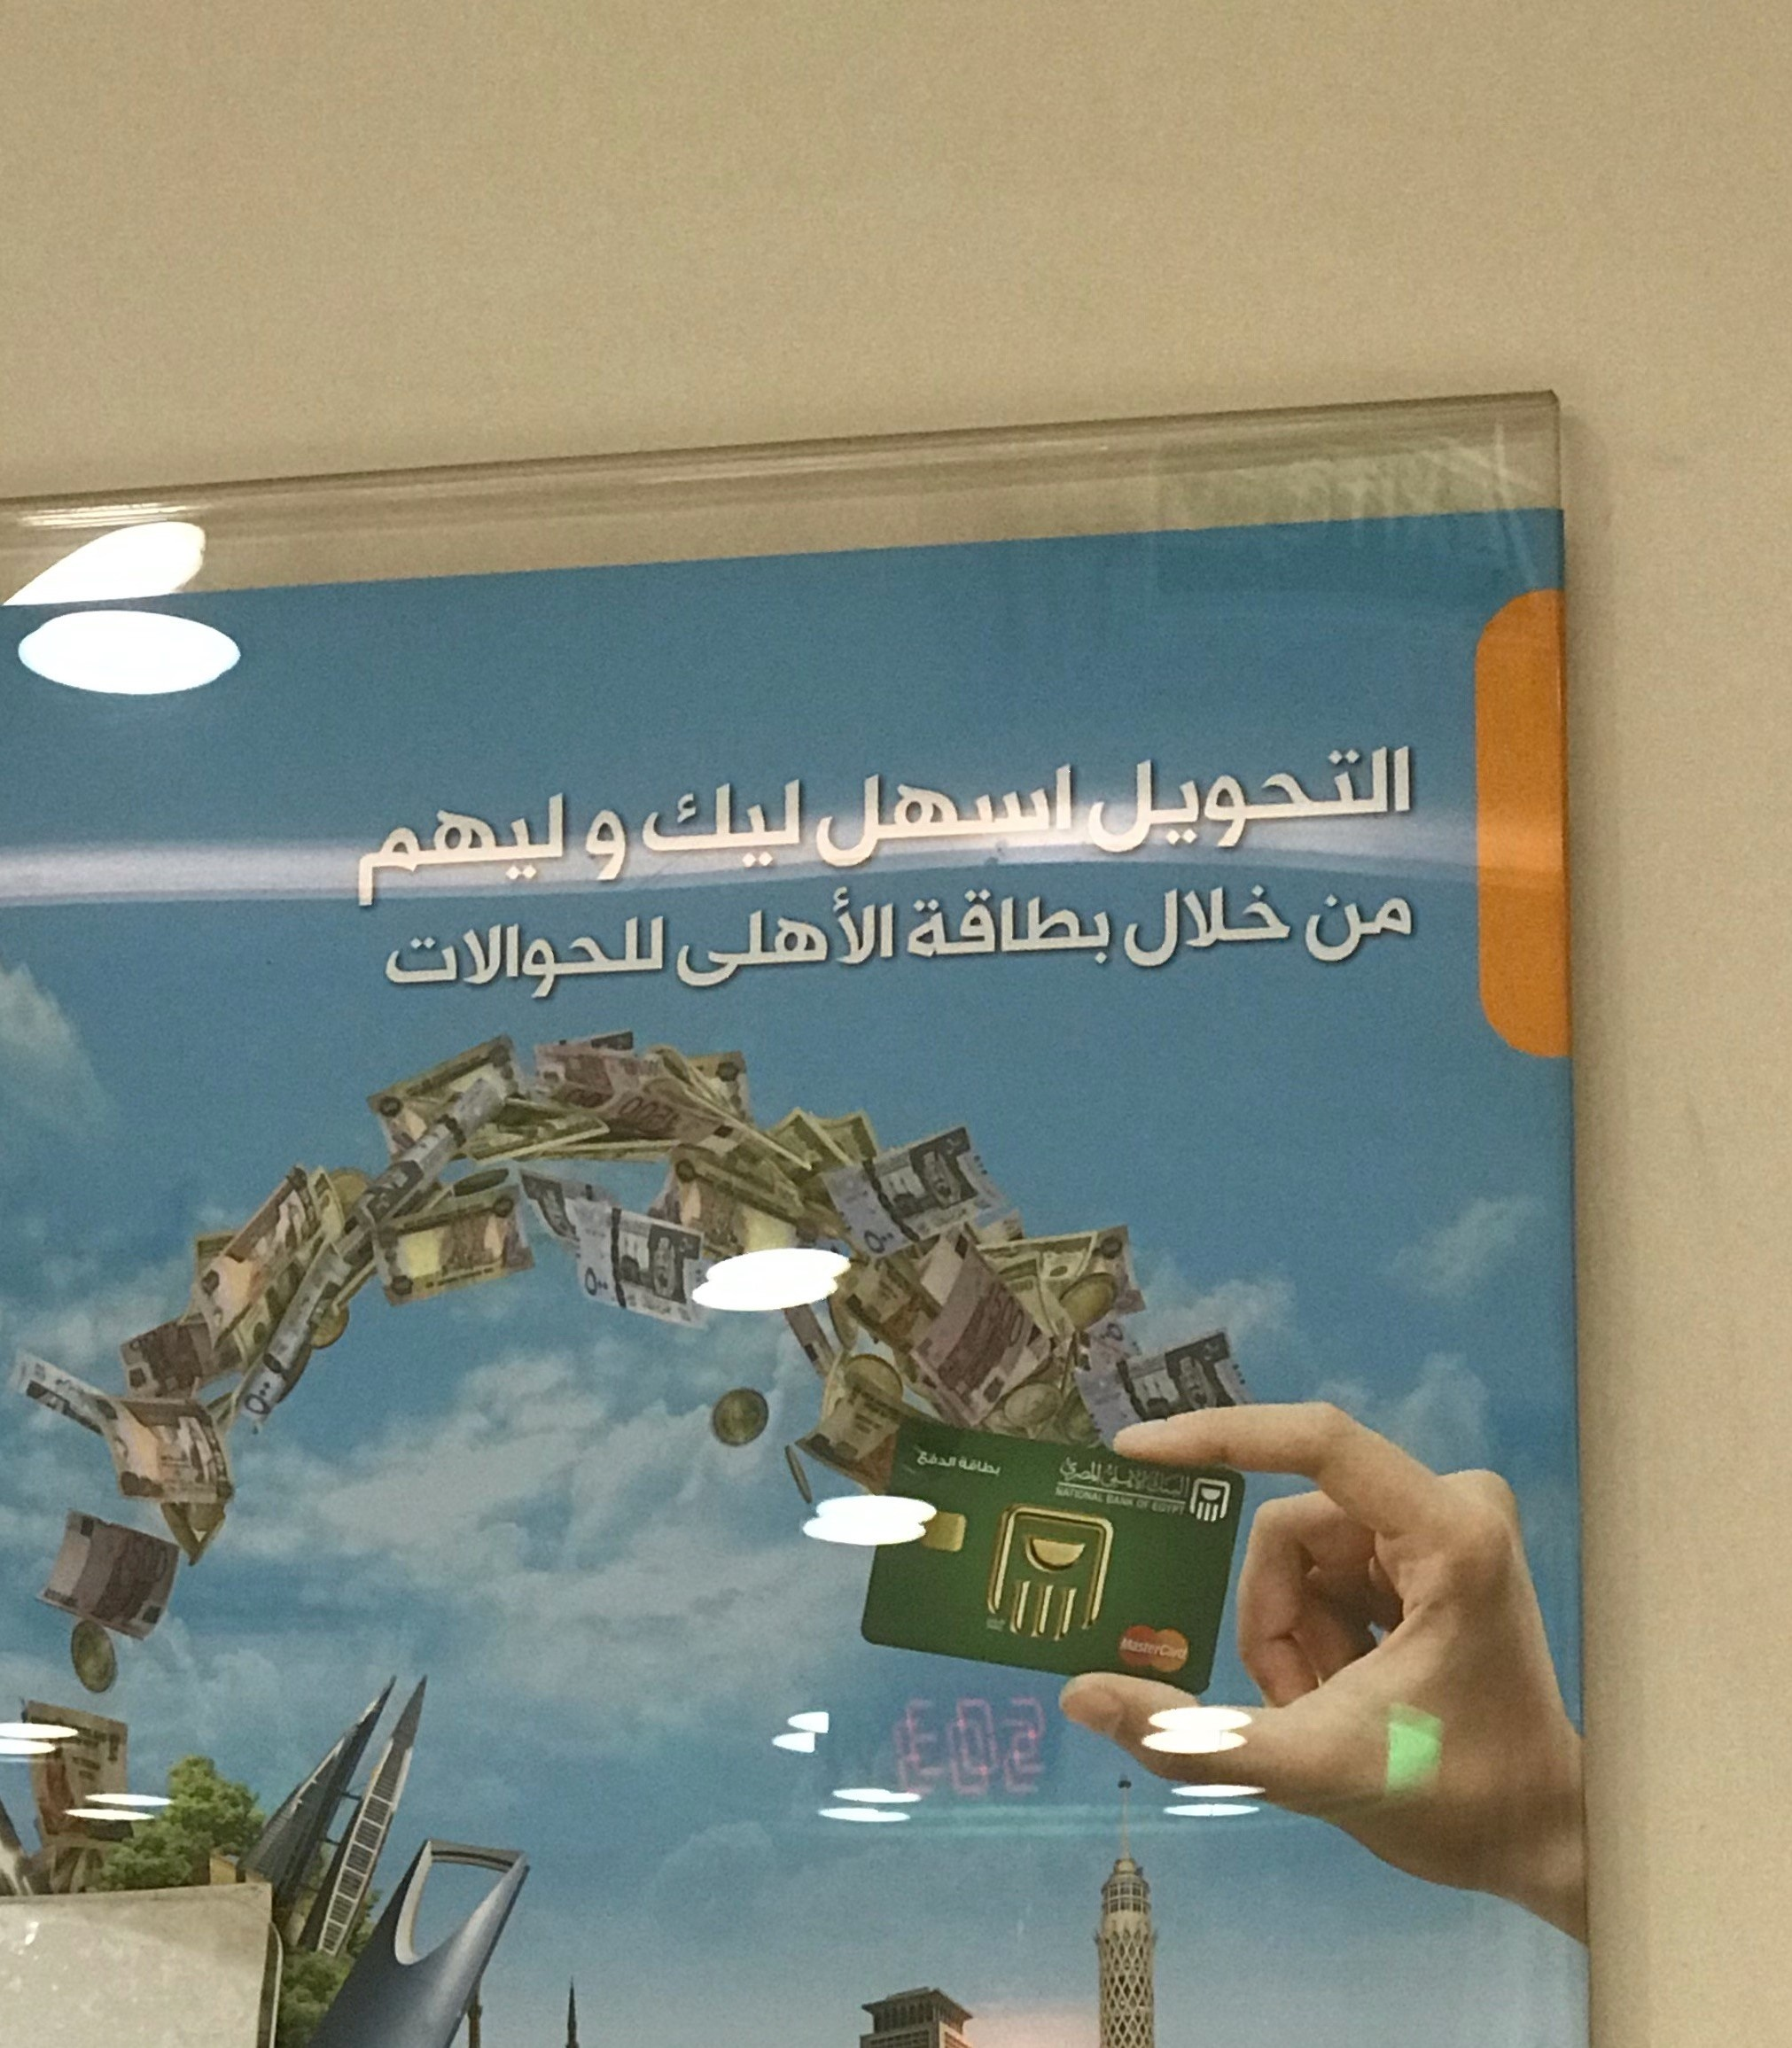
Text in image: التحويل اسهل ليك وليهم من خلال بطاقة الأهلى للحوالات